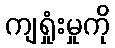
ကျရှုံးမှုကို